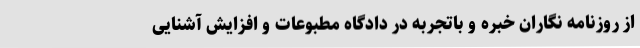
از روزنامه نگاران خبره و باتجربه در دادگاه مطبوعات و افزایش آشنایی